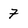
Character: 7